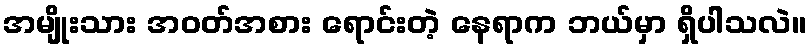
အမျိုးသား အဝတ်အစား ရောင်းတဲ့ နေရာက ဘယ်မှာ ရှိပါသလဲ။